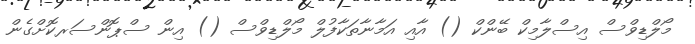
މޯލްޑިވްސް އިސްލާމިކް ބޭންކް () އާއި އަމާނާތަކާފުލް މޯލްޑިވްސް () އިން ސްޕޮންސަރކޮށްގެން